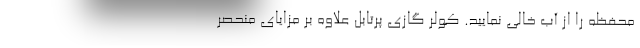
محفظه را از آب خالی نمایید. کولر گازی پرتابل علاوه بر مزایای منحصر